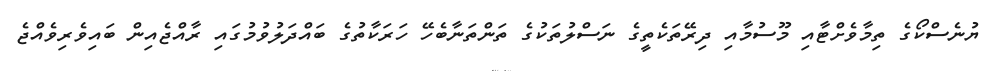
ޔުނެސްކޯގެ ތިމާވެށްޓާއި މޫސުމާއި ދިރޭތަކެތީގެ ނަސްލުތަކުގެ ތަންތަނާބެހޭ ހަރަކާތުގެ ބައްދަލުވުމުގައި ރާއްޖެއިން ބައިވެރިވެއްޖެ